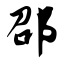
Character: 邵